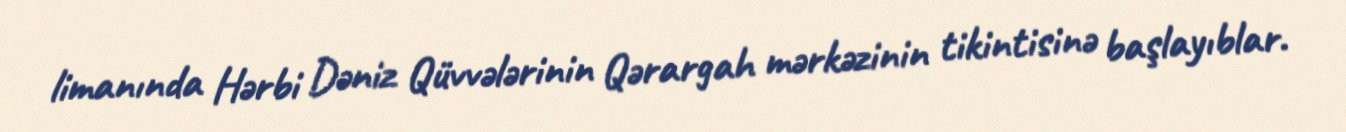
limanında Hərbi Dəniz Qüvvələrinin Qərargah mərkəzinin tikintisinə başlayıblar.